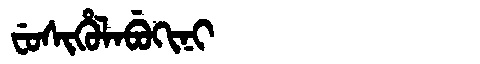
Manchu: ᠸᡠᠰᡳᡥᡠᠯᠠᠪᡠᡴᡳᠨᡳ
Romanization: FUSIHULABUKINI